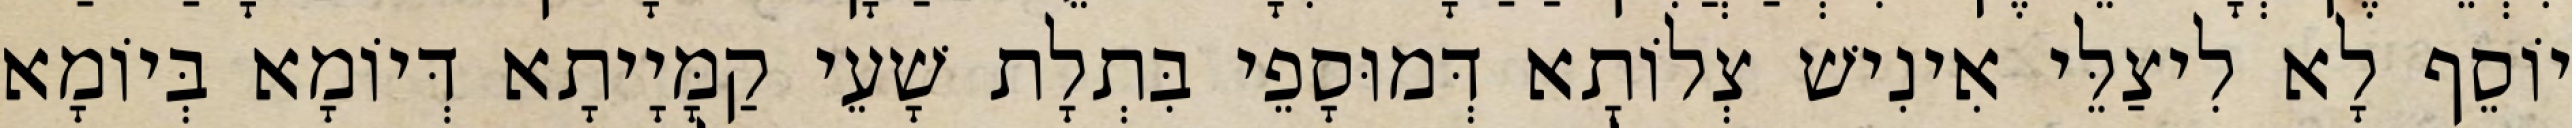
יוֹסֵף לָא לִיצַלֵּי אִינִישׁ צְלוֹתָא דְּמוּסָפֵי בִּתְלָת שָׁעֵי קַמָּיָיתָא דְּיוֹמָא בְּיוֹמָא